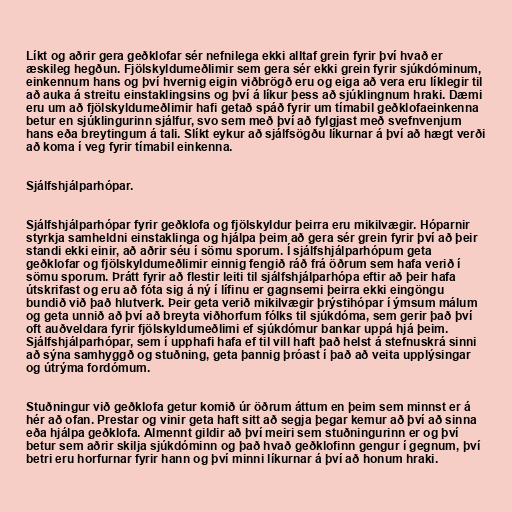
Líkt og aðrir gera geðklofar sér nefnilega ekki alltaf grein fyrir því hvað er
æskileg hegðun. Fjölskyldumeðlimir sem gera sér ekki grein fyrir sjúkdóminum,
einkennum hans og því hvernig eigin viðbrögð eru og eiga að vera eru líklegir til
að auka á streitu einstaklingsins og því á líkur þess að sjúklingnum hraki. Dæmi
eru um að fjölskyldumeðlimir hafi getað spáð fyrir um tímabil geðklofaeinkenna
betur en sjúklingurinn sjálfur, svo sem með því að fylgjast með svefnvenjum
hans eða breytingum á tali. Slíkt eykur að sjálfsögðu líkurnar á því að hægt verði
að koma í veg fyrir tímabil einkenna.

Sjálfshjálparhópar.

Sjálfshjálparhópar fyrir geðklofa og fjölskyldur þeirra eru mikilvægir. Hóparnir
styrkja samheldni einstaklinga og hjálpa þeim að gera sér grein fyrir því að þeir
standi ekki einir, að aðrir séu í sömu sporum. Í sjálfshjálparhópum geta
geðklofar og fjölskyldumeðlimir einnig fengið ráð frá öðrum sem hafa verið í
sömu sporum. Þrátt fyrir að flestir leiti til sjálfshjálparhópa eftir að þeir hafa
útskrifast og eru að fóta sig á ný í lífinu er gagnsemi þeirra ekki eingöngu
bundið við það hlutverk. Þeir geta verið mikilvægir þrýstihópar í ýmsum málum
og geta unnið að því að breyta viðhorfum fólks til sjúkdóma, sem gerir það því
oft auðveldara fyrir fjölskyldumeðlimi ef sjúkdómur bankar uppá hjá þeim.
Sjálfshjálparhópar, sem í upphafi hafa ef til vill haft það helst á stefnuskrá sinni
að sýna samhyggð og stuðning, geta þannig þróast í það að veita upplýsingar
og útrýma fordómum.

Stuðningur við geðklofa getur komið úr öðrum áttum en þeim sem minnst er á
hér að ofan. Prestar og vinir geta haft sitt að segja þegar kemur að því að sinna
eða hjálpa geðklofa. Almennt gildir að því meiri sem stuðningurinn er og því
betur sem aðrir skilja sjúkdóminn og það hvað geðklofinn gengur í gegnum, því
betri eru horfurnar fyrir hann og því minni líkurnar á því að honum hraki.